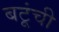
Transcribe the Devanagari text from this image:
बटूंची